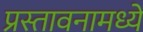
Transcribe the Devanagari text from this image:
प्रस्तावनामध्ये